Insane asylums in Bengal annual reports 1876-1887 - 1876-1887
Year: 1876
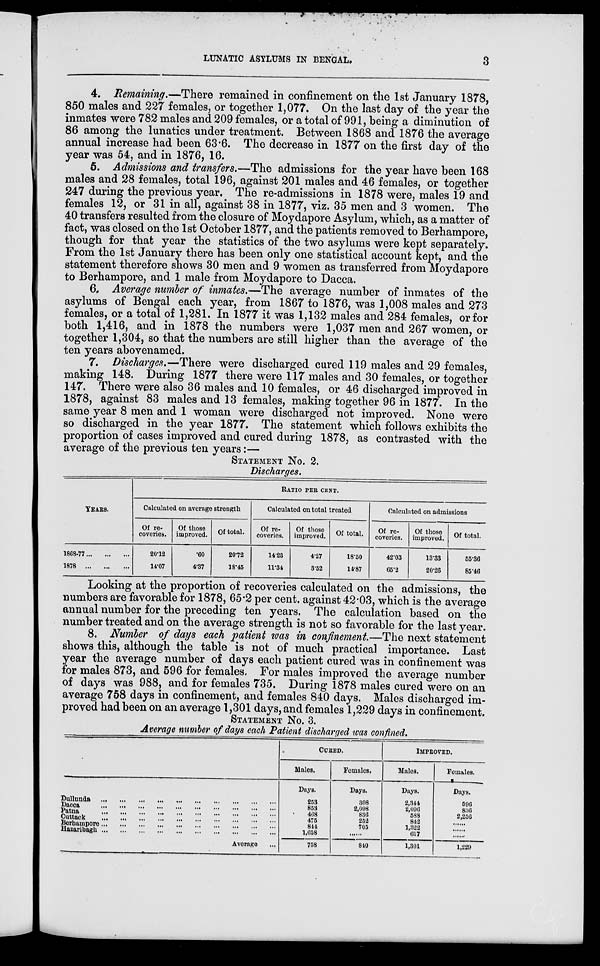
LUNATIC ASYLUMS IN BENGAL.
3
4. Remaining.—There remained in confinement on the 1st January 1878,
850 males and 227 females, or together 1,077. On the last day of the year the
inmates were 782 males and 209 females, or a total of 991, being a diminution of
86 among the lunatics under treatment. Between 1868 and 1876 the average
annual increase had been 63.6. The decrease in 1877 on the first day of the
year was 54, and in 1876, 16.
5. Admissions and transfers.—The admissions for the year have been 168
males and 28 females, total 196, against 201 males and 46 females, or together
247 during the previous year. The re-admissions in 1878 were, males 19 and
females 12, or 31 in all, against 38 in 1877, viz. 35 men and 3 women. The
40 transfers resulted from the closure of Moydapore Asylum, which, as a matter of
fact, was closed on the 1st October 1877, and the patients removed to Berhampore,
though for that year the statistics of the two asylums were kept separately.
From the 1st January there has been only one statistical account kept, and the
statement therefore shows 30 men and 9 women as transferred from Moydapore
to Berhampore, and 1 male from Moydapore to Dacca.
6. Average number of inmates.—The average number of inmates of the
asylums of Bengal each year, from 1867 to 1876, was 1,008 males and 273
females, or a total of 1,281. In 1877 it was 1,132 males and 284 females, or for
both 1,416, and in 1878 the numbers were 1,037 men and 267 women, or
together 1,304, so that the numbers are still higher than the average of the
ten years abovenamed.
7. Discharges.—There were discharged cured 119 males and 29 females,
making 148. During 1877 there were 117 males and 30 females, or together
147. There were also 36 males and 10 females, or 46 discharged improved in
1878, against 83 males and 13 females, making together 96 in 1877. In the
same year 8 men and 1 woman were discharged not improved. None were
so discharged in the year 1877. The statement which follows exhibits the
proportion of cases improved and cured during 1878, as contrasted with the
average of the previous ten years:—
STATEMENT No. 2.
Discharges.
YEARS.
1868-77...
...
...
1878
...
...
...
RATIO PER CENT.
Calculated on average strength
Of re-
coveries.
20.12
14.07
Of those
improved.
.60
4.37
Of total.
20.72
18.45
Calculated on total treated
Of re-
coveries.
14.23
11.34
Of those
improved.
4.27
3.52
Of total.
18.50
14.87
Calculated on admissions
Of re-
coveries.
42.03
65.2
Of those
improved.
13.33
20.26
Of total.
55.36
85.46
Looking at the proportion of recoveries calculated on the admissions, the
numbers are favorable for 1878, 65.2 per cent. against 42.03, which is the average
annual number for the preceding ten years. The calculation based on the
number treated and on the average strength is not so favorable for the last year.
8. Number of days each patient was in confinement.—The next statement
shows this, although the table is not of much practical importance. Last
year the average number of days each patient cured was in confinement was
for males 873, and 596 for females. For males improved the average number
of days was 988, and for females 735. During 1878 males cured were on an
average 758 days in confinement, and females 840 days. Males discharged im-
proved had been on an average 1,301 days, and females 1,229 days in confinement.
STATEMENT No. 3.
Average number of days each Patient discharged was confined.
Dullunda
...
...
...
...
...
...
...
...
...
...
Dacca
...
...
...
...
...
...
...
...
...
...
Patna
...
...
...
...
...
...
...
...
...
...
Cuttack
...
...
...
...
...
...
...
...
...
...
Berhampore ... ... ... ... ... ... ... ... ...
Hazaribagh
...
...
...
...
...
...
...
...
...
...
Average ...
CURED.
Males.
Days.
253
853
408
475
844
1,658
758
Females.
Days.
308
2,098
836
252
705
......
810
IMPROVED.
Males.
Days.
2,344
2,096
588
842
1,322
617
1,301
Females.
Days.
596
836
2,256
......
......
1,229